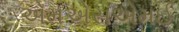
એમએસએમઈ